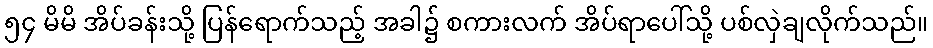
၅၄ မိမိ အိပ်ခန်းသို့ ပြန်ရောက်သည့် အခါ၌ စကားလက် အိပ်ရာပေါ်သို့ ပစ်လှဲချလိုက်သည်။